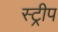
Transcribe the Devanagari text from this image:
स्‍ट्रीप